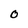
Character: 0